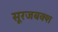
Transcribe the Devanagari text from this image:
सूरजबक्श